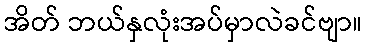
အိတ် ဘယ်နှလုံးအပ်မှာလဲခင်ဗျာ။